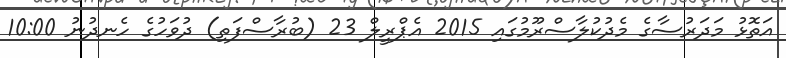
އަތޮޅު މަދަރުސާގެ މެދުކުލާސްރޫމުގައި 2015 އެޕްރީލް 23 (ބުރާސްފަތި) ދުވަހުގެ ހެނދުނު 10:00